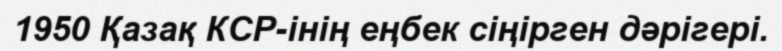
1950 Қазақ КСР-інің еңбек сіңірген дәрігері.